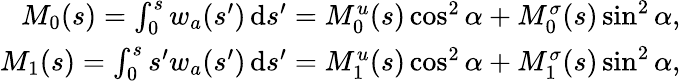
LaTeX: \begin{array}{r}{M_{0}(s)=\int_{0}^{s}w_{a}(s^{\prime})\, \mathrm{d}s^{\prime}=M_{0}^{u}(s)\cos^{2}\alpha+M_{0}^{\sigma}(s)\sin^{2}\alpha,}\\ {M_{1}(s)=\int_{0}^{s}s^{\prime}w_{a}(s^{\prime})\, \mathrm{d}s^{\prime}=M_{1}^{u}(s)\cos^{2}\alpha+M_{1}^{\sigma}(s)\sin^{2}\alpha,}\end{array}